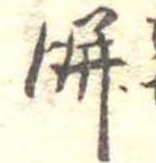
餅